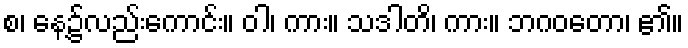
စ၊ နေ့၌လည်းကောင်း။ ဝါ၊ ကား။ သဒါတိ၊ ကား။ ဘဂဝတော၊ ၏။